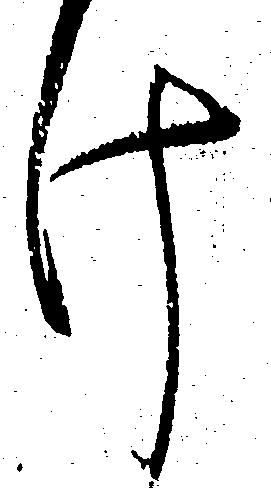
け